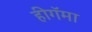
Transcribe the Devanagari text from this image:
हीगॅमा